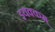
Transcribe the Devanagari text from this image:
इयक्कम्